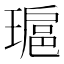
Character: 𤨖